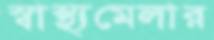
স্বাস্থ্যমেলার